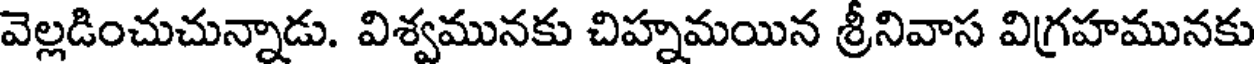
వెల్లడించుచున్నాడు. విశ్వమునకు చిహ్నమయిన శ్రీనివాస విగ్రహమునకు